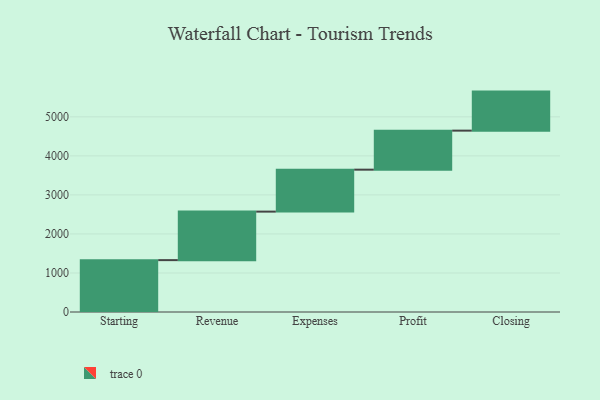
{"axis": {"x": "Step", "y": "Value"}, "legend": [""], "data": [{"x": "Starting", "y": 1329.0, "type": ""}, {"x": "Revenue", "y": 1243.0, "type": ""}, {"x": "Expenses", "y": 1075.0, "type": ""}, {"x": "Profit", "y": 1000, "type": ""}, {"x": "Closing", "y": 1000, "type": ""}]}